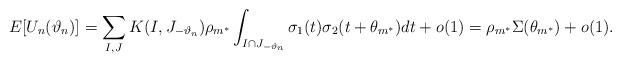
LaTeX: \begin{align*}E[U_n(\vartheta_n)]&=\sum_{I,J}K(I,J_{-\vartheta_n})\rho_{m^*}\int_{I\cap J_{-\vartheta_n}}\sigma_1(t)\sigma_2(t+\theta_{m^*})dt+o(1)=\rho_{m^*}\Sigma(\theta_{m^*})+o(1).\end{align*}